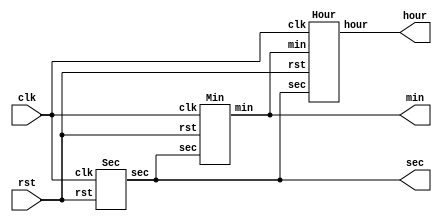
`timescale 1ns / 1ps
//////////////////////////////////////////////////////////////////////////////////
// Company: 
// Engineer: 
// 
// Design Name: 
// Module Name: Lab1
// Project Name: 
// Target Devices: 
// Tool Versions: 
// Description: 
// 
// Dependencies: 
// 
// Revision:
// Revision 0.01 - File Created
// Additional Comments:
// 
//////////////////////////////////////////////////////////////////////////////////


module Clock(
    input clk,
    input rst,
    output [2:0] hour,
    output [3:0] min,
    output [4:0] sec
);

    Sec Sec(.clk(clk),.rst(rst),.sec(sec));
    Min Min(.clk(clk),.rst(rst),.sec(sec),.min(min));
    Hour Hour(.clk(clk),.rst(rst),.sec(sec),.min(min),.hour(hour));
    

endmodule

module Sec (
    input clk,
    input rst,
    output reg [4:0] sec
);
    always @(posedge clk or posedge rst) begin
        if(rst==1)
            sec<=0;
        else begin
            if(sec==5'h13)
                sec<=5'h0;
            else
            sec<=sec+1;
        end
    end
endmodule

module Min (
    input clk,
    input rst,
    input  [4:0] sec,
    output reg [3:0] min
);
    always @(posedge clk or posedge rst) begin
        if(rst==1)
            min<=0;
        else begin
            if (min==4'h9 && sec==5'h13)
                min<=4'h0;
            else begin
                if(sec==5'h13)
                    min<=min+1;
            end
        end
    end
endmodule

module Hour (
    input clk,
    input rst,
    input [3:0] min,
    input [4:0] sec,
    output reg [2:0] hour
);
    always @(posedge clk or posedge rst) begin
        if(rst==1)
            hour<=0;
        else begin
            if(hour==3'h4 && min==4'h9 && sec==5'h13)
                hour<=3'h0;
            else begin
                if(min==4'h9 && sec==5'h13)
                    hour<=hour+1; 
            end
        end
    end
endmodule